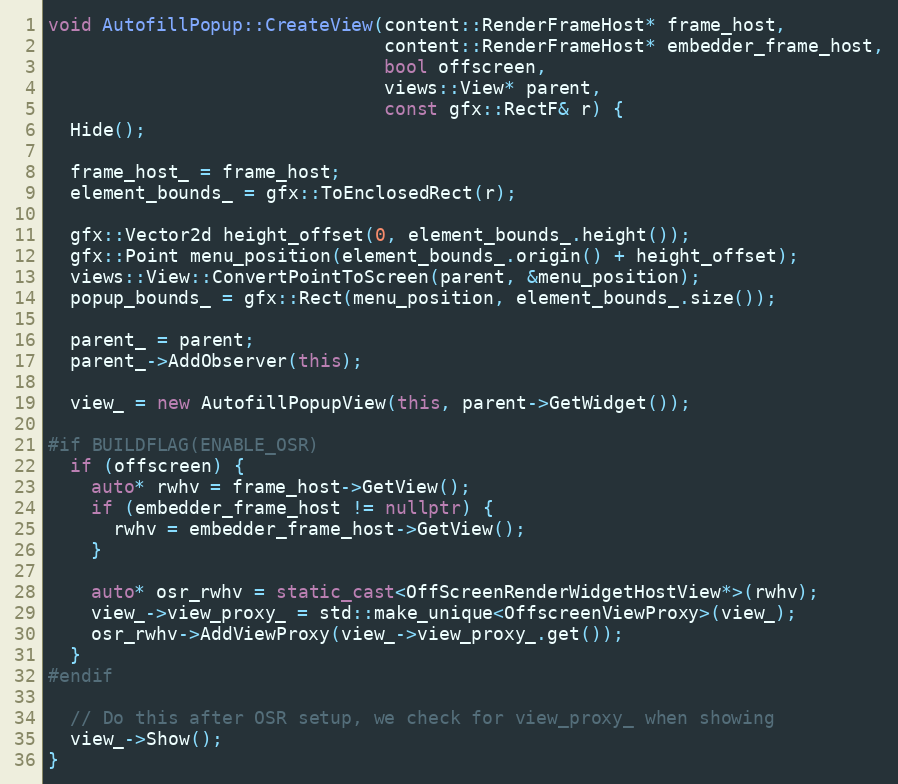
Language: C++
void AutofillPopup::CreateView(content::RenderFrameHost* frame_host,
                               content::RenderFrameHost* embedder_frame_host,
                               bool offscreen,
                               views::View* parent,
                               const gfx::RectF& r) {
  Hide();

  frame_host_ = frame_host;
  element_bounds_ = gfx::ToEnclosedRect(r);

  gfx::Vector2d height_offset(0, element_bounds_.height());
  gfx::Point menu_position(element_bounds_.origin() + height_offset);
  views::View::ConvertPointToScreen(parent, &menu_position);
  popup_bounds_ = gfx::Rect(menu_position, element_bounds_.size());

  parent_ = parent;
  parent_->AddObserver(this);

  view_ = new AutofillPopupView(this, parent->GetWidget());

#if BUILDFLAG(ENABLE_OSR)
  if (offscreen) {
    auto* rwhv = frame_host->GetView();
    if (embedder_frame_host != nullptr) {
      rwhv = embedder_frame_host->GetView();
    }

    auto* osr_rwhv = static_cast<OffScreenRenderWidgetHostView*>(rwhv);
    view_->view_proxy_ = std::make_unique<OffscreenViewProxy>(view_);
    osr_rwhv->AddViewProxy(view_->view_proxy_.get());
  }
#endif

  // Do this after OSR setup, we check for view_proxy_ when showing
  view_->Show();
}